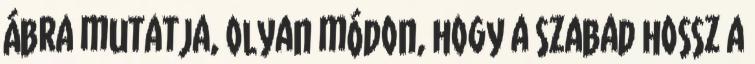
ábra mutatja, olyan módon, hogy a szabad hossz a